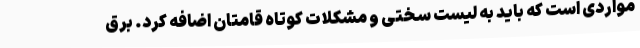
مواردی است که باید به لیست سختی و مشکلات کوتاه قامتان اضافه کرد. برق